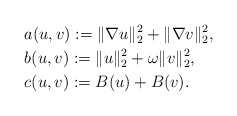
\begin{align*}&a(u,v):=\|\nabla u\|_{2}^{2}+\|\nabla v\|_{2}^{2},\\&b(u,v):=\|u\|_{2}^{2}+\omega\|v\|_{2}^{2},\\&c(u,v):=B(u)+B(v).\end{align*}